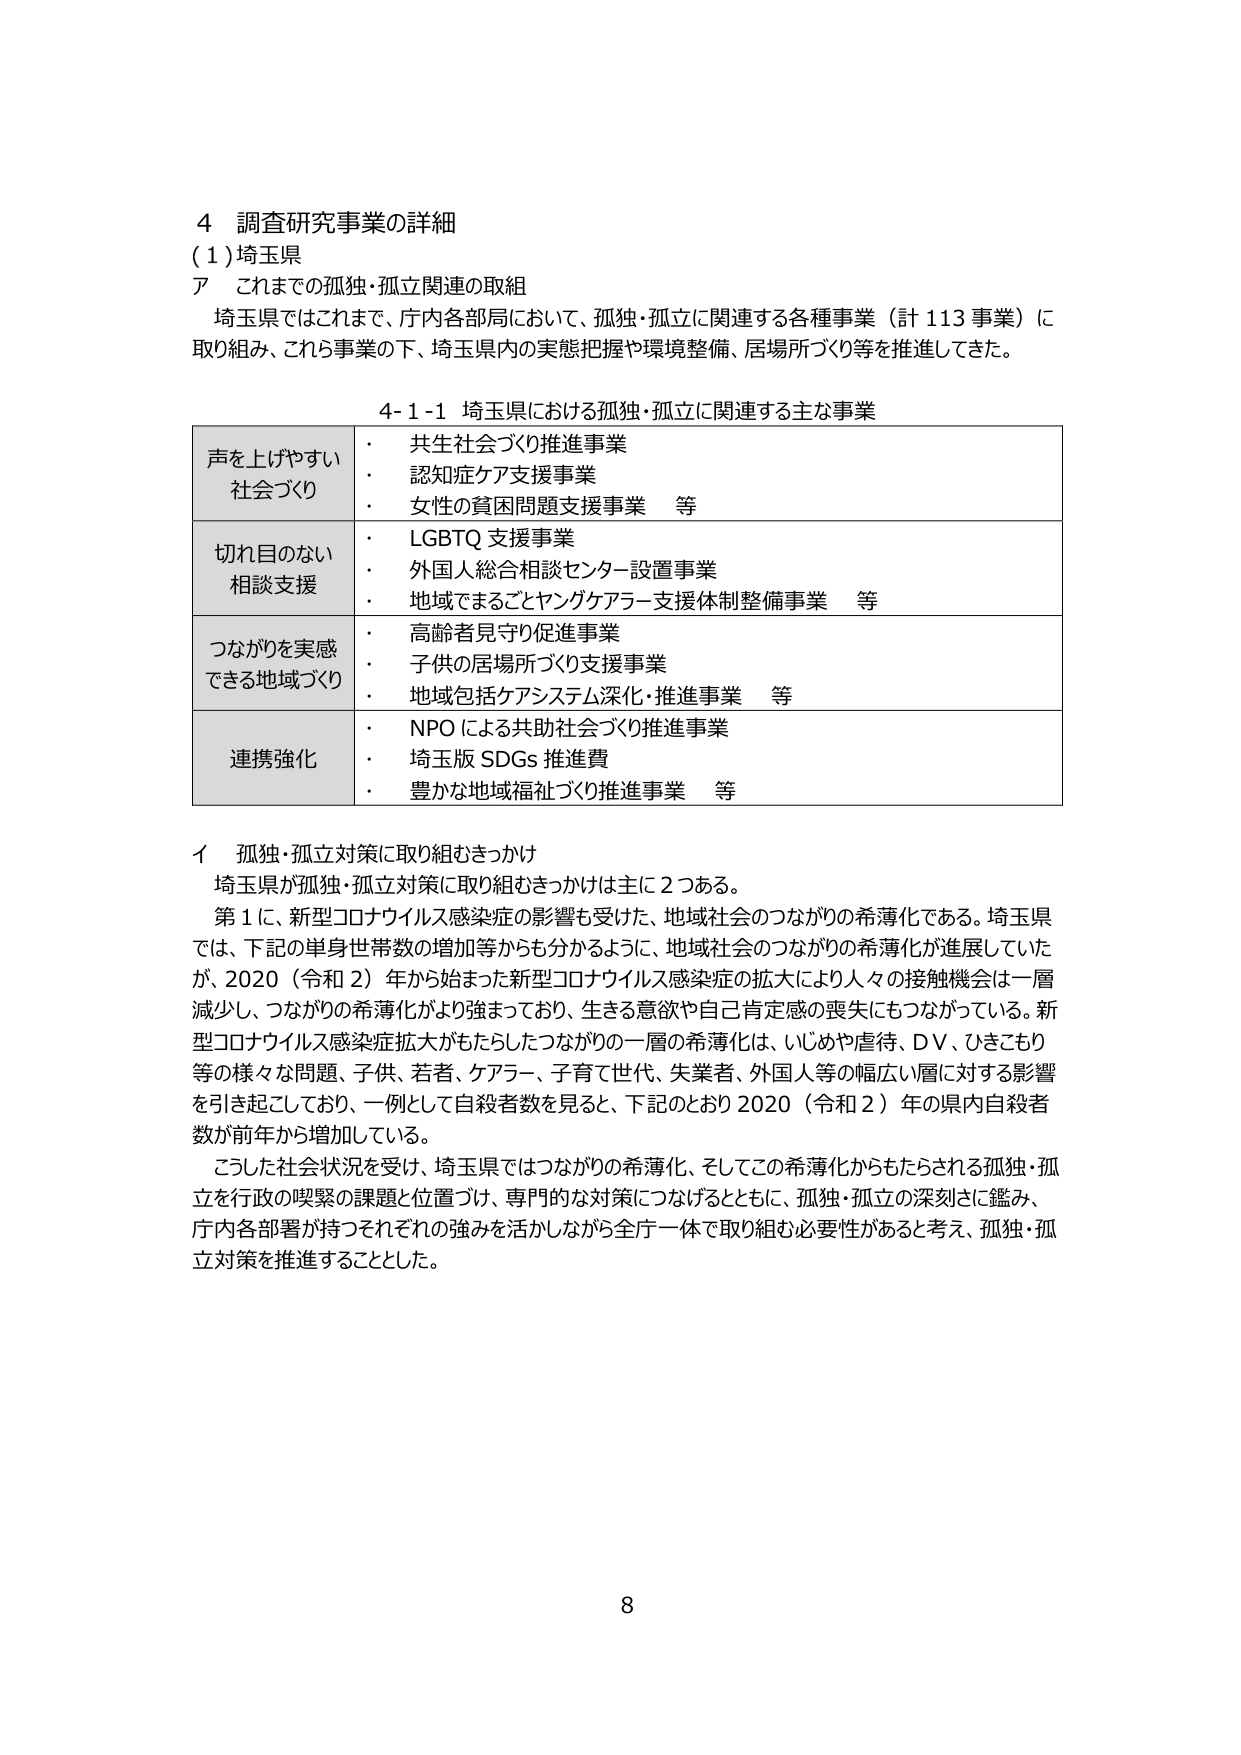
4 調査研究事業の詳細
(1) 埼玉県
ア これまでの孤独・孤立関連の取組
　埼玉県ではこれまで、庁内各部局において、孤独・孤立に関連する各種事業（計113事業）に
取り組み、これら事業の下、埼玉県内の実態把握や環境整備、居場所づくり等を推進してきた。

4-1-1 埼玉県における孤独・孤立に関連する主な事業

| 声を上げやすい社会づくり | ・ 共生社会づくり推進事業
・ 認知症ケア支援事業
・ 女性の貧困問題支援事業　等 |
| 切れ目のない相談支援 | ・ LGBTQ支援事業
・ 外国人総合相談センター設置事業
・ 地域でまるごとヤングケアラー支援体制整備事業　等 |
| つながりを実感できる地域づくり | ・ 高齢者見守り促進事業
・ 子供の居場所づくり支援事業
・ 地域包括ケアシステム深化・推進事業　等 |
| 連携強化 | ・ NPOによる共助社会づくり推進事業
・ 埼玉版SDGs推進費
・ 豊かな地域福祉づくり推進事業　等 |

イ 孤独・孤立対策に取り組むきっかけ
　埼玉県が孤独・孤立対策に取り組むきっかけは主に2つある。
　第1に、新型コロナウイルス感染症の影響を受けた、地域社会のつながりの希薄化である。埼玉県
では、下記の単身世帯数の増加等からも分かるように、地域社会のつながりの希薄化が進展していた
が、2020（令和2）年から始まった新型コロナウイルス感染症の拡大により人々の接触機会は一層
減少し、つながりの希薄化がより強まっており、生きる意欲や自己肯定感の喪失にもつながっている。新
型コロナウイルス感染症拡大がもたらしたつながりの一層の希薄化は、いじめや虐待、DV、ひきこもり
等の様々な問題、子供、若者、ケアラー、子育て世代、失業者、外国人等の幅広い層に対する影響
を引き起こしており、一例として自殺者数を見ると、下記のとおり2020（令和2）年の県内自殺者
数が前年から増加している。
　こうした社会状況を受け、埼玉県ではつながりの希薄化、そしてこの希薄化からもたらされる孤独・孤
立を行政の喫緊の課題と位置づけ、専門的な対策につなげるとともに、孤独・孤立の深刻さに鑑み、
庁内各部署が持つそれぞれの強みを活かしながら全庁一体で取り組む必要性があると考え、孤独・孤
立対策を推進することとした。

8